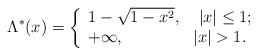
\begin{align*}\Lambda^{*}(x)=\left\{\begin{array}{ll}1-\sqrt{1-x^{2}}, & ~|x|\leq1;\\+\infty, & |x|>1.\\\end{array}\right.\end{align*}